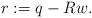
LaTeX: \begin{align*}r := q - Rw.\end{align*}